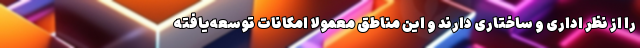
را از نظر اداری و ساختاری دارند و این مناطق معمولا امکانات توسعه‌یافته